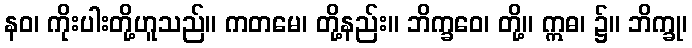
နဝ၊ ကိုးပါးတို့ဟူသည်။ ကတမေ၊ တို့နည်း။ ဘိက္ခဝေ၊ တို့။ ဣဓ၊ ၌။ ဘိက္ခု၊